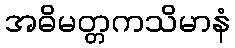
အဓိမတ္တကသိမာနံ